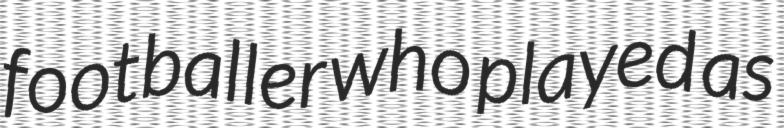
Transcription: footballer who played as